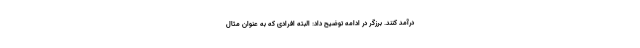
درآمد کنند. برزگر در ادامه توضیح داد: البته افرادی که به عنوان مثال